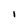
Character: I